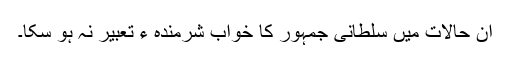
ان حالات میں سلطانیِ جمہور کا خواب شرمندہ ء تعبیر نہ ہو سکا۔